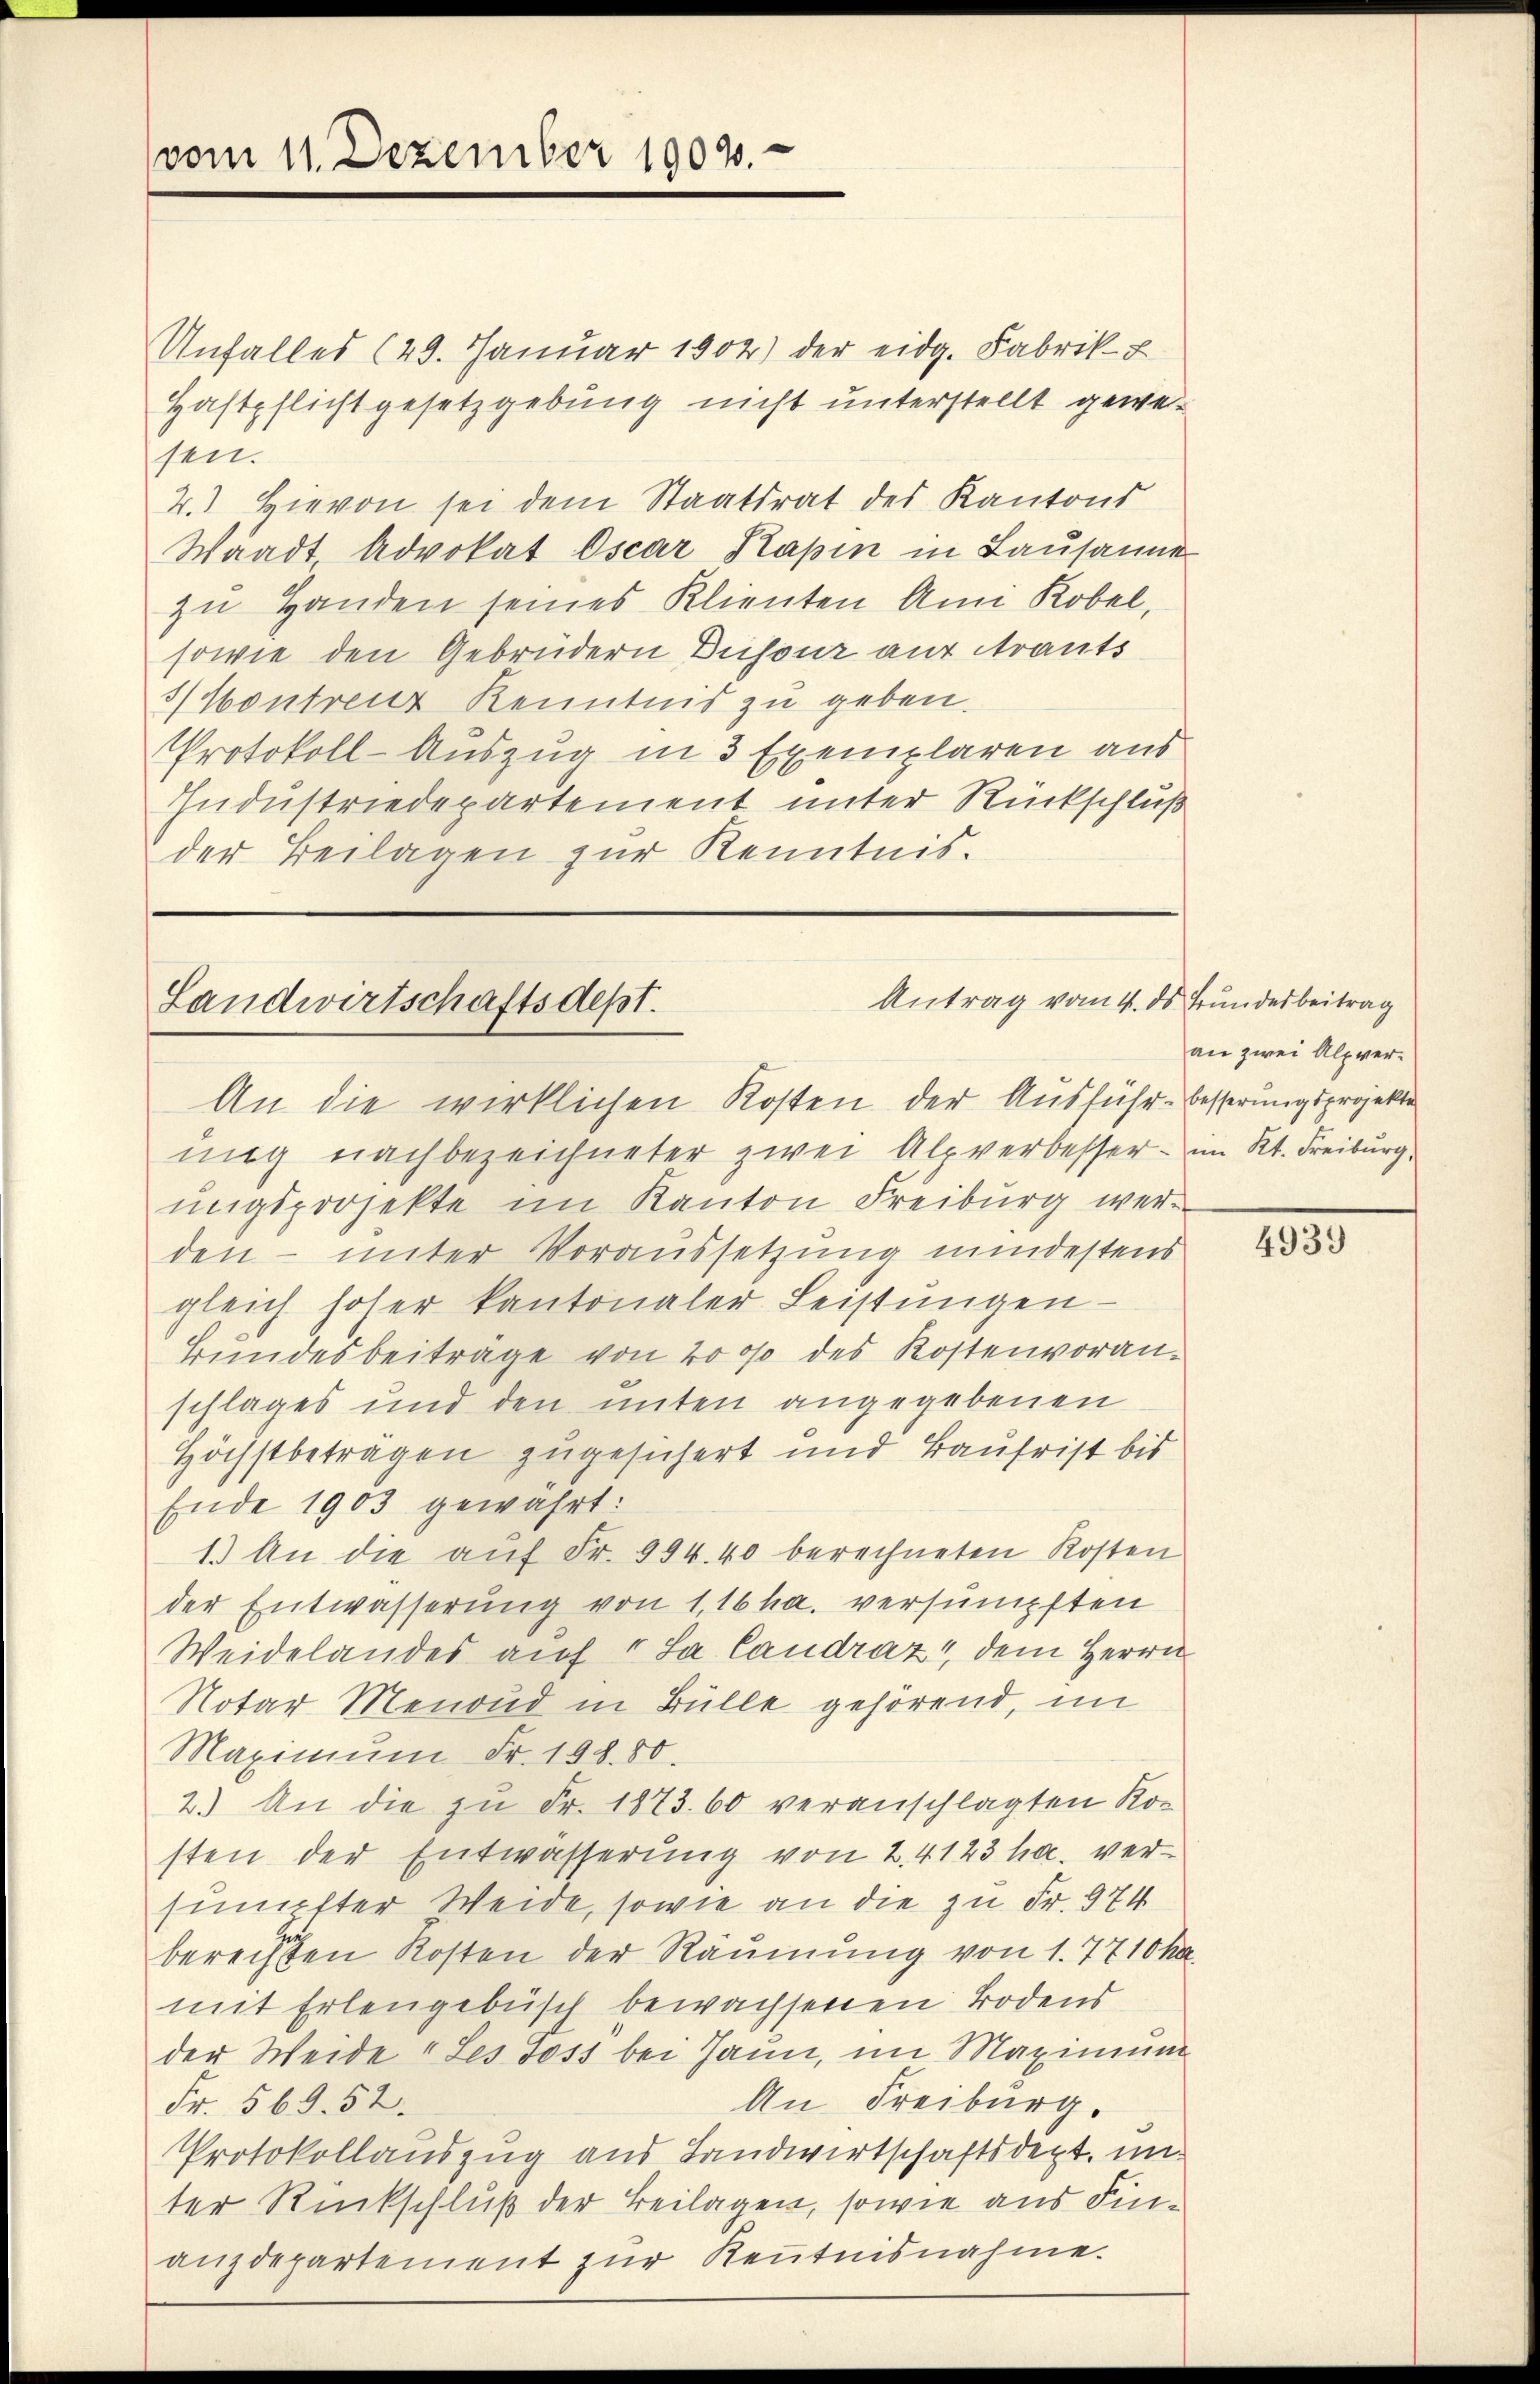
vom 11. Dezember 1902.

Unfalles (23. Januar 1902) der eidg. Fabrik-
Haftpflichtgesetzgebung nicht unterstellt gewe
sen.
4.) Hievon sei dem Staatsrat des Kantons
Waadt Advokat Oscar Kapin in Lausanne
zu Handen seines Klienten Ami Kobel,
sowie den Gebrüdern Dusouz auf trauts
/ Kontreuz Kenntnis zu geben.
Protokoll-Auszug in 3 Exemplaren aus
Industriedepartement unter Rückschluß
der Beilagen zur Kenntnis.

Antrag vom 4. ds Bundesbeitrag
Landwirtschaftsdest.
An die wirklichen Kosten der Ausführ- besserungsprojekte

ung nachbezeichneter zwei Alpverbesser - im Kt. Freiburg,
ungsprojekte im Kanton Freiburg werden – unter Voraussetzung mindestens
gleich hoher kantonaler Leistungen-
Bundesbeitrage von 2000 des Kostenvoranschlages und den unten angegebenen
Höchstbeträgen zugesichert und Baufrist bis
Ende 1903 gewährt:
1.) An die auf Fr. 994. 40 berechneten Kosten
der Entwässerung von 1,16 ha. versumpften
Weidelandes auf 1 Ja Caudraz, dem Herrn
Notar Menoud in Bülle gehörend, im
Maximŭm Fr. 198. 50.
2.) An die zu Fr. 1873. 60 veranschlagten Ros
sten der Entwässerung von 2. 4123 ha. versumpfter Weide, sowie an die zu Fr. 974
berechten Kosten der Räumung von 1. 7710 ka
mit Erlengebüsch bewachsenen Bodens
der Weide " Les Joss bei Jaun, im Maximum
An Freiburg.
Fr. 569. 52.
Protokollauszug aus Landwirtschaftsdept. un-
ter Rückschluß der Beilagen, sowie aus Finanzdepartement zur Kenntnisnahme.

an zwei Alpver¬

4939